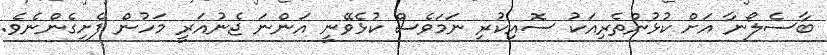
ބާސެލޯނާ އަށް ކުޅުންތެރިއަކު ސޮއިކުރި ނަމަވެސް ކުޅެވޭނީ އަންނަ ޖެނުއަރީ މަހުން ފެށިގެންނެވެ.